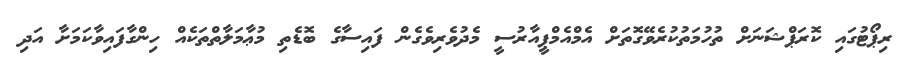
ރިޕޯޓުގައި ކޮރަޕްޝަނަށް ތުހުމަތުކުރެވޭގޮތަށް އެމްއެމްޕީއާރުސީ މެދުވެރިވެގެން ފައިސާގެ ބޮޑެތި މުޢާމަލާތްތަކެއް ހިންގާފައިވާކަމަށާ އަދި